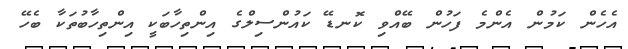
އެހެން ކަމުން އެންމެ ފަހުން ބޭއްވި ކޮނޑޭ ކައުންސިލްގެ އިންތިހާބަކީ އިންތިހާބުތަކާ ބެހޭ